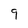
Character: 9